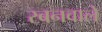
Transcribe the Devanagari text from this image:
रबनवाले